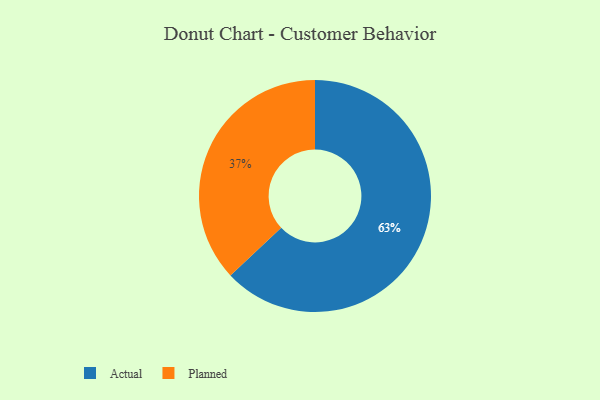
{"axis": {"x": "Category", "y": "Percentage"}, "legend": ["Actual", "Planned"], "data": [{"x": "Planned", "y": 37, "type": "Planned"}, {"x": "Actual", "y": 63, "type": "Actual"}]}